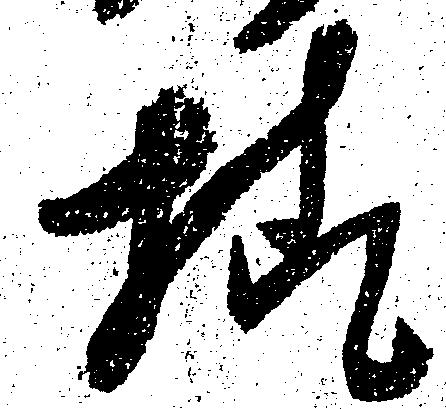
様